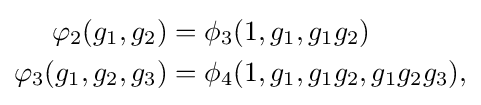
{\begin{aligned}\varphi _{2}(g_{1},g_{2})&=\phi _{3}(1,g_{1},g_{1}g_{2})\\\varphi _{3}(g_{1},g_{2},g_{3})&=\phi _{4}(1,g_{1},g_{1}g_{2},g_{1}g_{2}g_{3}),\end{aligned}}